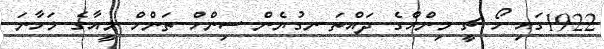
1922ގައި ހޯ ޗީ މިންހްގެ ދައްތަ ނގުޔެން ސިންހް ތަންހް މީއާގެ މަހާނަ